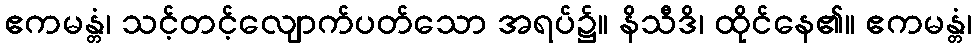
ဧကမန္တံ၊ သင့်တင့်လျောက်ပတ်သော အရပ်၌။ နိသီဒိ၊ ထိုင်နေ၏။ ဧကမန္တံ၊